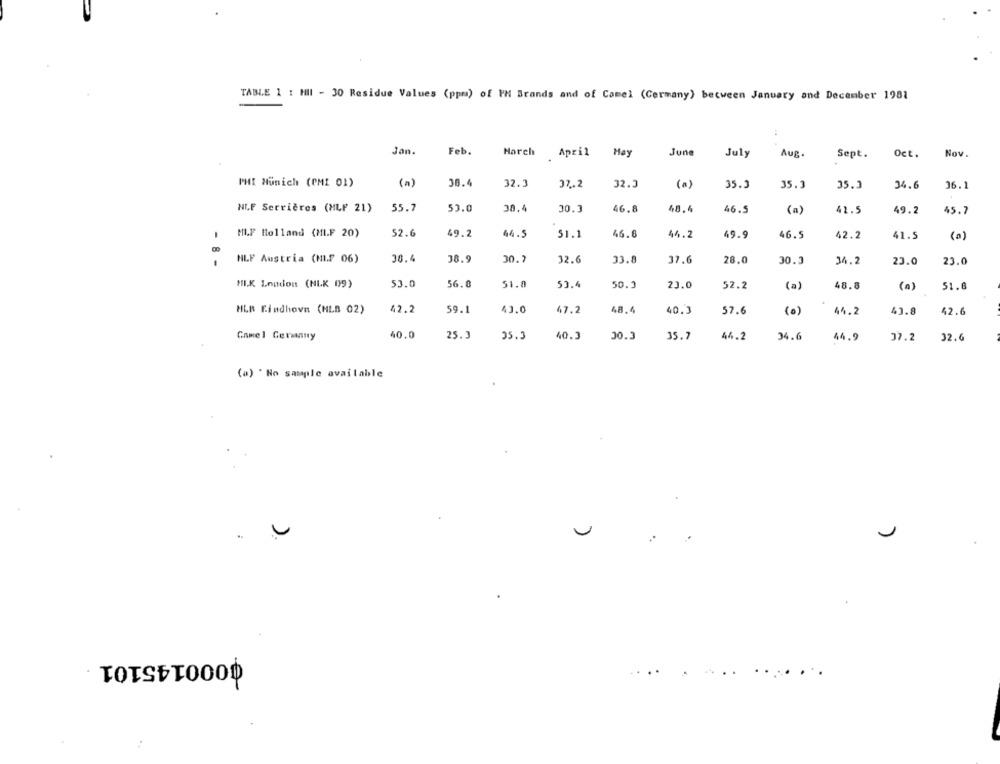
TABLE 1 : HII - 30 Residue Values (ppm) of PH Brands and of Camel (Germany) between January and December 1981
Jan.
Feb.
Harch
April
May
June
July
Aug.
Sept.
Oct.
Nov.
PHI Munich (PMI 01)
(a)
38.4
32.3
37.2
32.3
35.2
35.3
35.3
34.6
(a)
36.1
53.0
NLF Serrières (MLF 21)
55.7
38.4
30.3
46.8
48.4
46.5
(a)
41.5
49.2
45.7
HL.F Holland (MLF 20)
52.6
49.2
44.5
51.1
46.6
44.2
49.9
46.5
42.2
41.5
(a)
HLF Austria (MI.F 06)
30.4
38.9
30.7
32.6
33.8
37.6
28.0
30.3
34.2
23.0
- 8 -
23.0
53.0
HIK London (NLK 09)
56.8
51.0
53.4
50.3
23.0
52.2
(a)
48.8
(a)
51.6
HLA Findhovn (HLB 02)
42.2
59.1
43.0
47.2
48.4
40.3
57.6
(0)
44.2
43.8
42.6
Comel Gerenny
40.0
25.3
35.3
40.3
30.3
35.7
44.2
34.6
44.9
37.2
32.
(a) " No sample available
0000145101